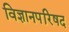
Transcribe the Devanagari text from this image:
विज्ञानपरिषद